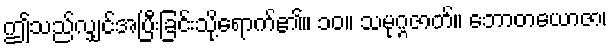
ဤသည်လျှင်အပြီးခြင်းသို့ရောက်၏။ ၁၀။ သမုဂ္ဂဇာတ်။ ဘောတယောဇာ၊